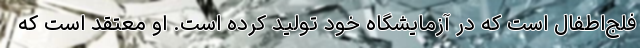
فلج‌اطفال است که در آزمایشگاه خود تولید کرده است. او معتقد است که